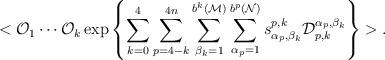
LaTeX: \begin{align*}<{\cal O}_1\cdots {\cal O}_k \, {\rm exp}\left\{\sum_{k=0}^4\sum_{p=4-k}^{4n}\sum_{\beta_k=1}^{b^k({\cal M})}\sum_{\alpha_{p}=1}^{b^p({\cal N})}s^{p,k}_{\alpha_p,\beta_k}{\cal D}^{\alpha_p,\beta_k}_{p,k}\right\}>.\end{align*}